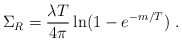
\begin{align*}\Sigma_R=\frac{\lambda T}{4\pi}\ln(1-e^{-m/T})\;.\end{align*}